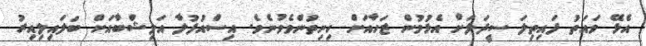
އެޅޭ ވައަތު ފައިތިލަ ސީދަލަށް އެޅުމުން ޒަހާއަށް ހިނިތުންވެވުނެވެ. އިސްއުފުލާ އަލިޝްބާއަށް ބަލައިލިއިރު